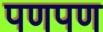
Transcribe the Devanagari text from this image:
पणपण